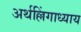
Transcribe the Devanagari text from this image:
अर्थल्लिंगाध्याय